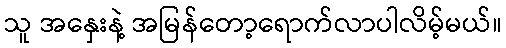
သူ အနှေးနဲ့ အမြန်တော့ရောက်လာပါလိမ့်မယ်။